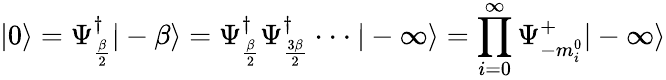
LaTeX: |0\rangle=\Psi_{\frac{\beta}{2}}^{\dagger}|-\beta\rangle=\Psi_{\frac{\beta}{2}}^{\dagger}\Psi_{\frac{3\beta}{2}}^{\dagger}\cdot\cdot\cdot|-\infty\rangle=\prod_{i=0}^{\infty}\Psi_{-m_{i}^{0}}^{+}|-\infty\rangle